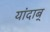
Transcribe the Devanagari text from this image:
यांदाब्